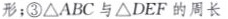
形；③ΔABC与ΔDEF的周长